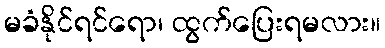
မခံနိုင်ရင်ရော၊ ထွက်ပြေးရမလား။